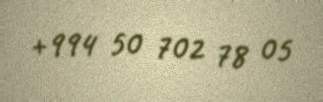
+994 50 702 78 05